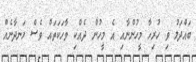
ބައްދަލު ވި ހުރިހާ މީހުންނާއި އެ މީހުން ދެއްކި ވާހަކަތައް ވެސް ހަނދާނެއް